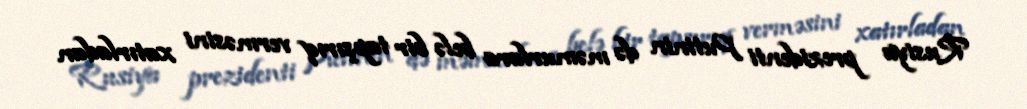
Rusiya prezidenti Putinin də məmurlara belə bir tapşırıq verməsini xatırladan